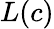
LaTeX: L(c)